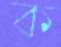
ক